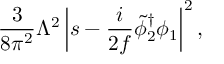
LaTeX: { \frac { 3 } { 8 \pi ^ { 2 } } } \Lambda ^ { 2 } \left| s - { \frac { i } { 2 f } } { \tilde { \phi } _ { 2 } } ^ { \dagger } \phi _ { 1 } \right| ^ { 2 } ,